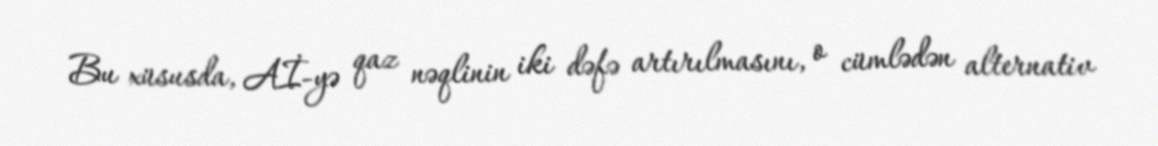
Bu xüsusda, Aİ-yə qaz nəqlinin iki dəfə artırılmasını, o cümlədən alternativ